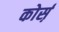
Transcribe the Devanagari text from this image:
कोर्स़